Leprosy in India: report of the Leprosy Commission in India, 1890-91
Year: 1890
Disease focus: Leprosy
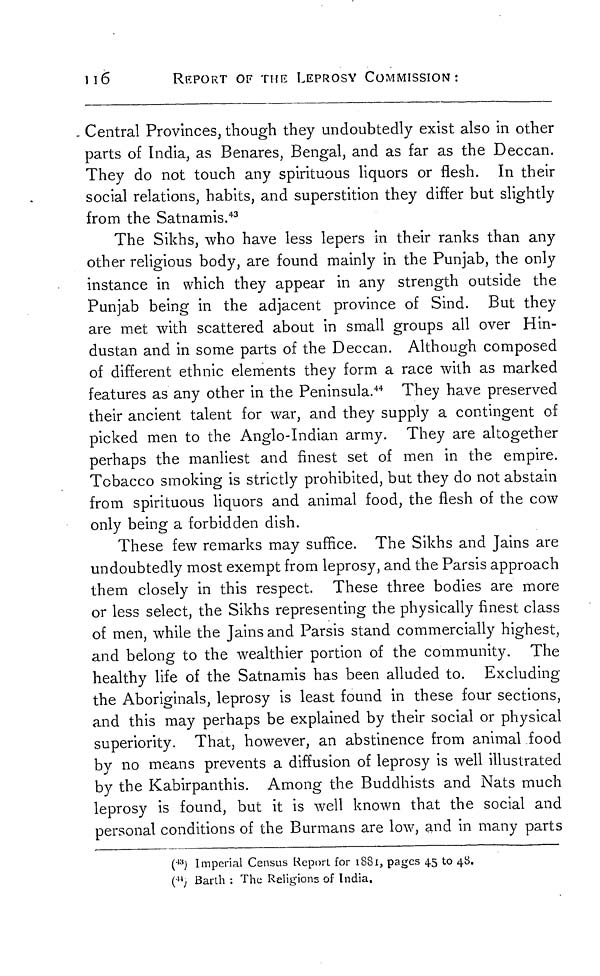
116
REPORT OF THE LEPROSY COMMISSION:
Central Provinces, though they undoubtedly exist also in other
parts of India, as Benares, Bengal, and as far as the Deccan.
They do not touch any spirituous liquors or flesh. In their
social relations, habits, and superstition they differ but slightly
from the Satnamis. 43
The Sikhs, who have less lepers in their ranks than any
other religious body, are found mainly in the Punjab, the only
instance in which they appear in any strength outside the
Punjab being in the adjacent province of Sind. But they
are met with scattered about in small groups all over Hin-
dustan and in some parts of the Deccan. Although composed
of different ethnic elements they form a race with as marked
features as any other in the Peninsula. 44 They have preserved
their ancient talent for war, and they supply a contingent of
picked men to the Anglo-Indian army. They are altogether
perhaps the manliest and finest set of men in the empire.
Tobacco smoking is strictly prohibited, but they do not abstain
from spirituous liquors and animal food, the flesh of the cow
only being a forbidden dish.
These few remarks may suffice. The Sikhs and Jains are
undoubtedly most exempt from leprosy, and the Parsis approach
them closely in this respect. These three bodies are more
or less select, the Sikhs representing the physically finest class
of men, while the Jains and Parsis stand commercially highest,
and belong to the wealthier portion of the community. The
healthy life of the Satnamis has been alluded to. Excluding
the Aboriginals, leprosy is least found in these four sections,
and this may perhaps be explained by their social or physical
superiority. That, however, an abstinence from animal food
by no means prevents a diffusion of leprosy is well illustrated
by the Kabirpanthis. Among the Buddhists and Nats much
leprosy is found, but it is well known that the social and
personal conditions of the Burmans are low, and in many parts
( 13 ) Imperial Census Report for 1881, pages 45 to 48.
( 44 ) Barth : The Religions of India.